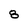
Character: 8